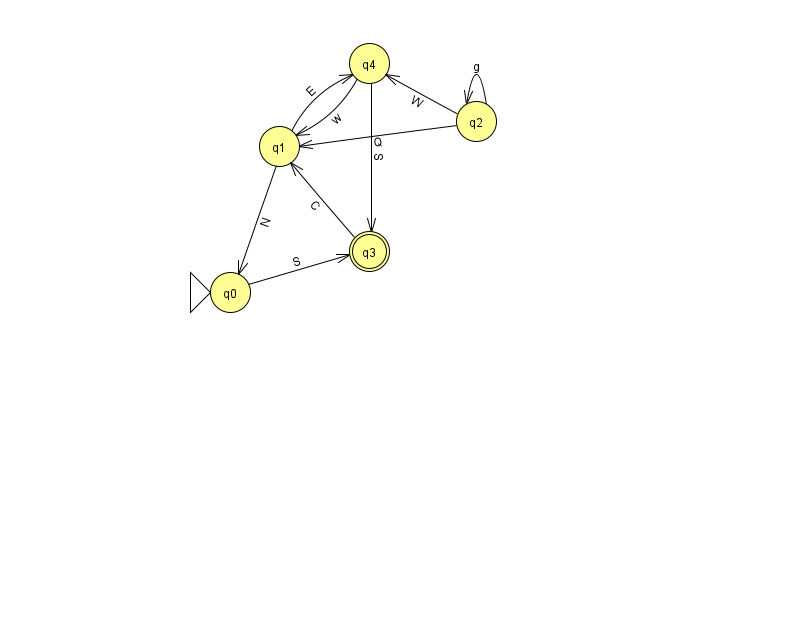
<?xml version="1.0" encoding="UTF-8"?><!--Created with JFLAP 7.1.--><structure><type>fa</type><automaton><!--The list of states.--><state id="0" name="q0"><x>230.0</x><y>279.0</y><initial/></state><state id="1" name="q1"><x>279.0</x><y>133.0</y></state><state id="2" name="q2"><x>476.0</x><y>108.0</y></state><state id="3" name="q3"><x>369.0</x><y>238.0</y><final/></state><state id="4" name="q4"><x>369.0</x><y>50.0</y></state><!--The list of transitions.--><transition><from>1</from><to>4</to><read>E</read></transition><transition><from>2</from><to>4</to><read>W</read></transition><transition><from>4</from><to>1</to><read>w</read></transition><transition><from>2</from><to>1</to><read>Q</read></transition><transition><from>2</from><to>2</to><read>g</read></transition><transition><from>0</from><to>3</to><read>S</read></transition><transition><from>1</from><to>0</to><read>N</read></transition><transition><from>4</from><to>3</to><read>S</read></transition><transition><from>3</from><to>1</to><read>C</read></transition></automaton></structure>